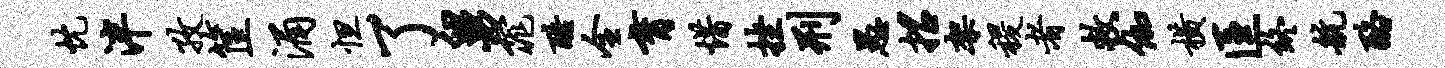
忱泮孜筐涌怛了舅窕酷全育惜挫刑愚招架稷者救伽横匡终航酪